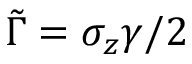
\tilde { \Gamma } = \sigma _ { z } \gamma / 2